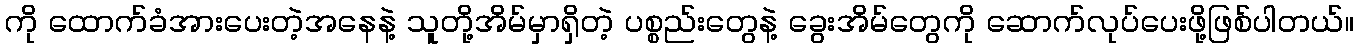
ကို ထောက်ခံအားပေးတဲ့အနေနဲ့ သူတို့အိမ်မှာရှိတဲ့ ပစ္စည်းတွေနဲ့ ခွေးအိမ်တွေကို ဆောက်လုပ်ပေးဖို့ဖြစ်ပါတယ်။